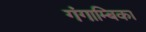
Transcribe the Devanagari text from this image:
गंगाम्बिका